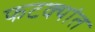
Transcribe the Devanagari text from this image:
फटक्यांत